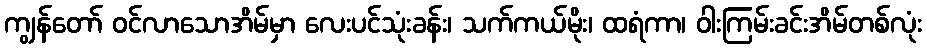
ကျွန်တော် ဝင်လာသောအိမ်မှာ လေးပင်သုံးခန်း၊ သက်ကယ်မိုး၊ ထရံကာ၊ ဝါးကြမ်းခင်းအိမ်တစ်လုံး